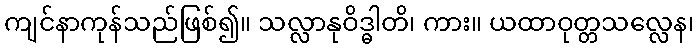
ကျင်နာကုန်သည်ဖြစ်၍။ သလ္လာနုဝိဒ္ဓါတိ၊ ကား။ ယထာဝုတ္တသလ္လေန၊